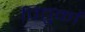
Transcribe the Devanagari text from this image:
पितुर्का